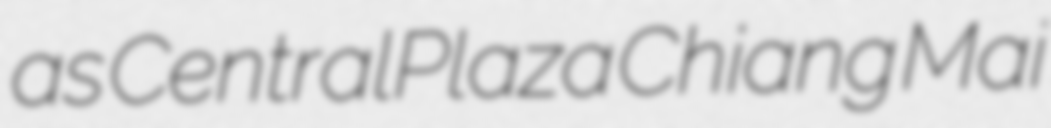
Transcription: as CentralPlaza Chiang Mai